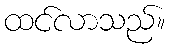
ထင်လာသည်။